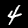
Digit: 4